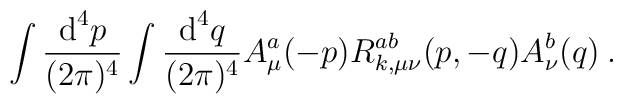
\int\frac{\mbox{d}^4 p}{(2\pi)^4}\int\frac{\mbox{d}^4 q}{(2\pi)^4}  A^a_\mu(-p) R^{ab}_{k,\mu\nu}(p,-q) A^b_\nu(q) \:.